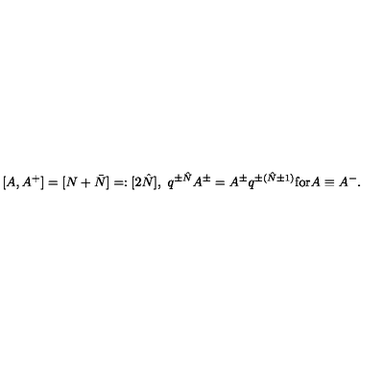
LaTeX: [ A , A ^ { + } ] = [ N + \bar { N } ] = : [ 2 \hat { N } ] , \ q ^ { \pm \hat { N } } A ^ { \pm } = A ^ { \pm } q ^ { \pm ( \hat { N } \pm 1 ) } \mathrm { f o r } A \equiv A ^ { - } .